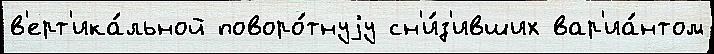
в'ерт'ика́льной поворо́тнуjу сн'и́з'ивших вар'иа́нтом